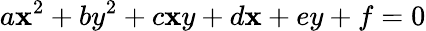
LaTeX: a\mathbf{x}^{2}+by^{2}+c\mathbf{x}y+d\mathbf{x}+ey+f=0